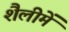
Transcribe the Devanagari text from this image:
शैलीमें